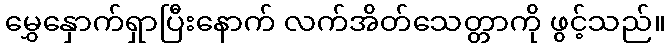
မွှေနှောက်ရှာပြီးနောက် လက်အိတ်သေတ္တာကို ဖွင့်သည်။